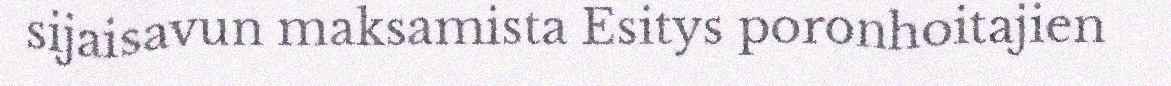
sijaisavun maksamista Esitys poronhoitajien